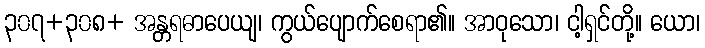
၃၀၇+၃၀၈+ အန္တရဓာပေယျ၊ ကွယ်ပျောက်စေရာ၏။ အာဝုသော၊ ငါ့ရှင်တို့။ ယော၊